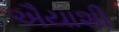
ઐયાશી